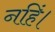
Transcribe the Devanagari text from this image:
नहिं।